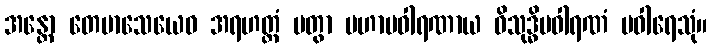
အန္တော တေမာသေယေဝ အရဟတ္တံ ပတွာ မဟာပဝါရဏာယ ဝိသုဒ္ဓိပဝါရဏံ ပဝါရေသုံ။